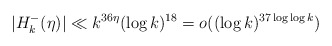
\begin{align*}|H_k^-(\eta)|\ll k^{36\eta}(\log k)^{18}=o((\log k)^{37\log\log k})\end{align*}